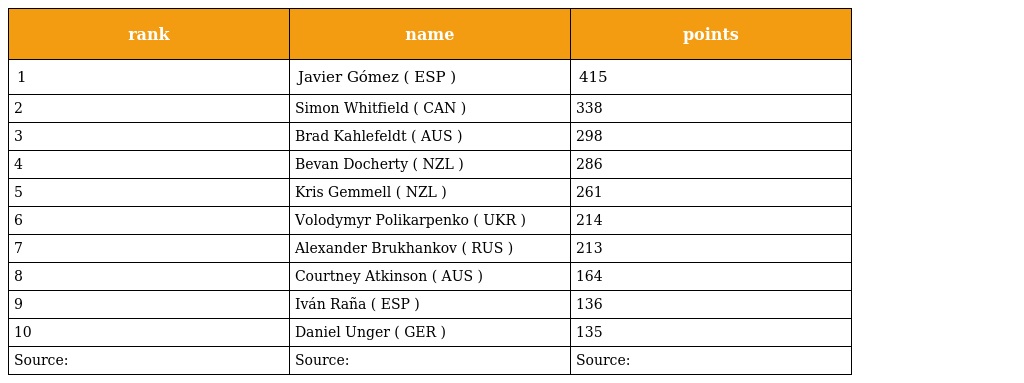
| rank | name | points |
 | --- | --- | --- |
 | 1 | Javier Gómez ( ESP ) | 415 |
 | 2 | Simon Whitfield ( CAN ) | 338 |
 | 3 | Brad Kahlefeldt ( AUS ) | 298 |
 | 4 | Bevan Docherty ( NZL ) | 286 |
 | 5 | Kris Gemmell ( NZL ) | 261 |
 | 6 | Volodymyr Polikarpenko ( UKR ) | 214 |
 | 7 | Alexander Brukhankov ( RUS ) | 213 |
 | 8 | Courtney Atkinson ( AUS ) | 164 |
 | 9 | Iván Raña ( ESP ) | 136 |
 | 10 | Daniel Unger ( GER ) | 135 |
 | Source: | Source: | Source: |